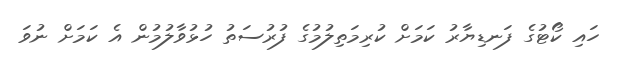
ހައި ކޯޓުގެ ފަނޑިޔާރު ކަމަށް ކުރިމަތިލުމުގެ ފުރުސަތު ހުޅުވާލުމުން އެ ކަމަށް ނުވަ